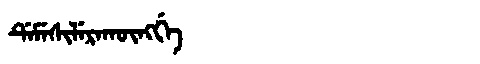
Manchu: ᡩᡝᠮᡝᠰᡳᠯᡝᡵᠠᡴᡡᠩᡤᡝ
Romanization: DEMESILERAKŪNGGE